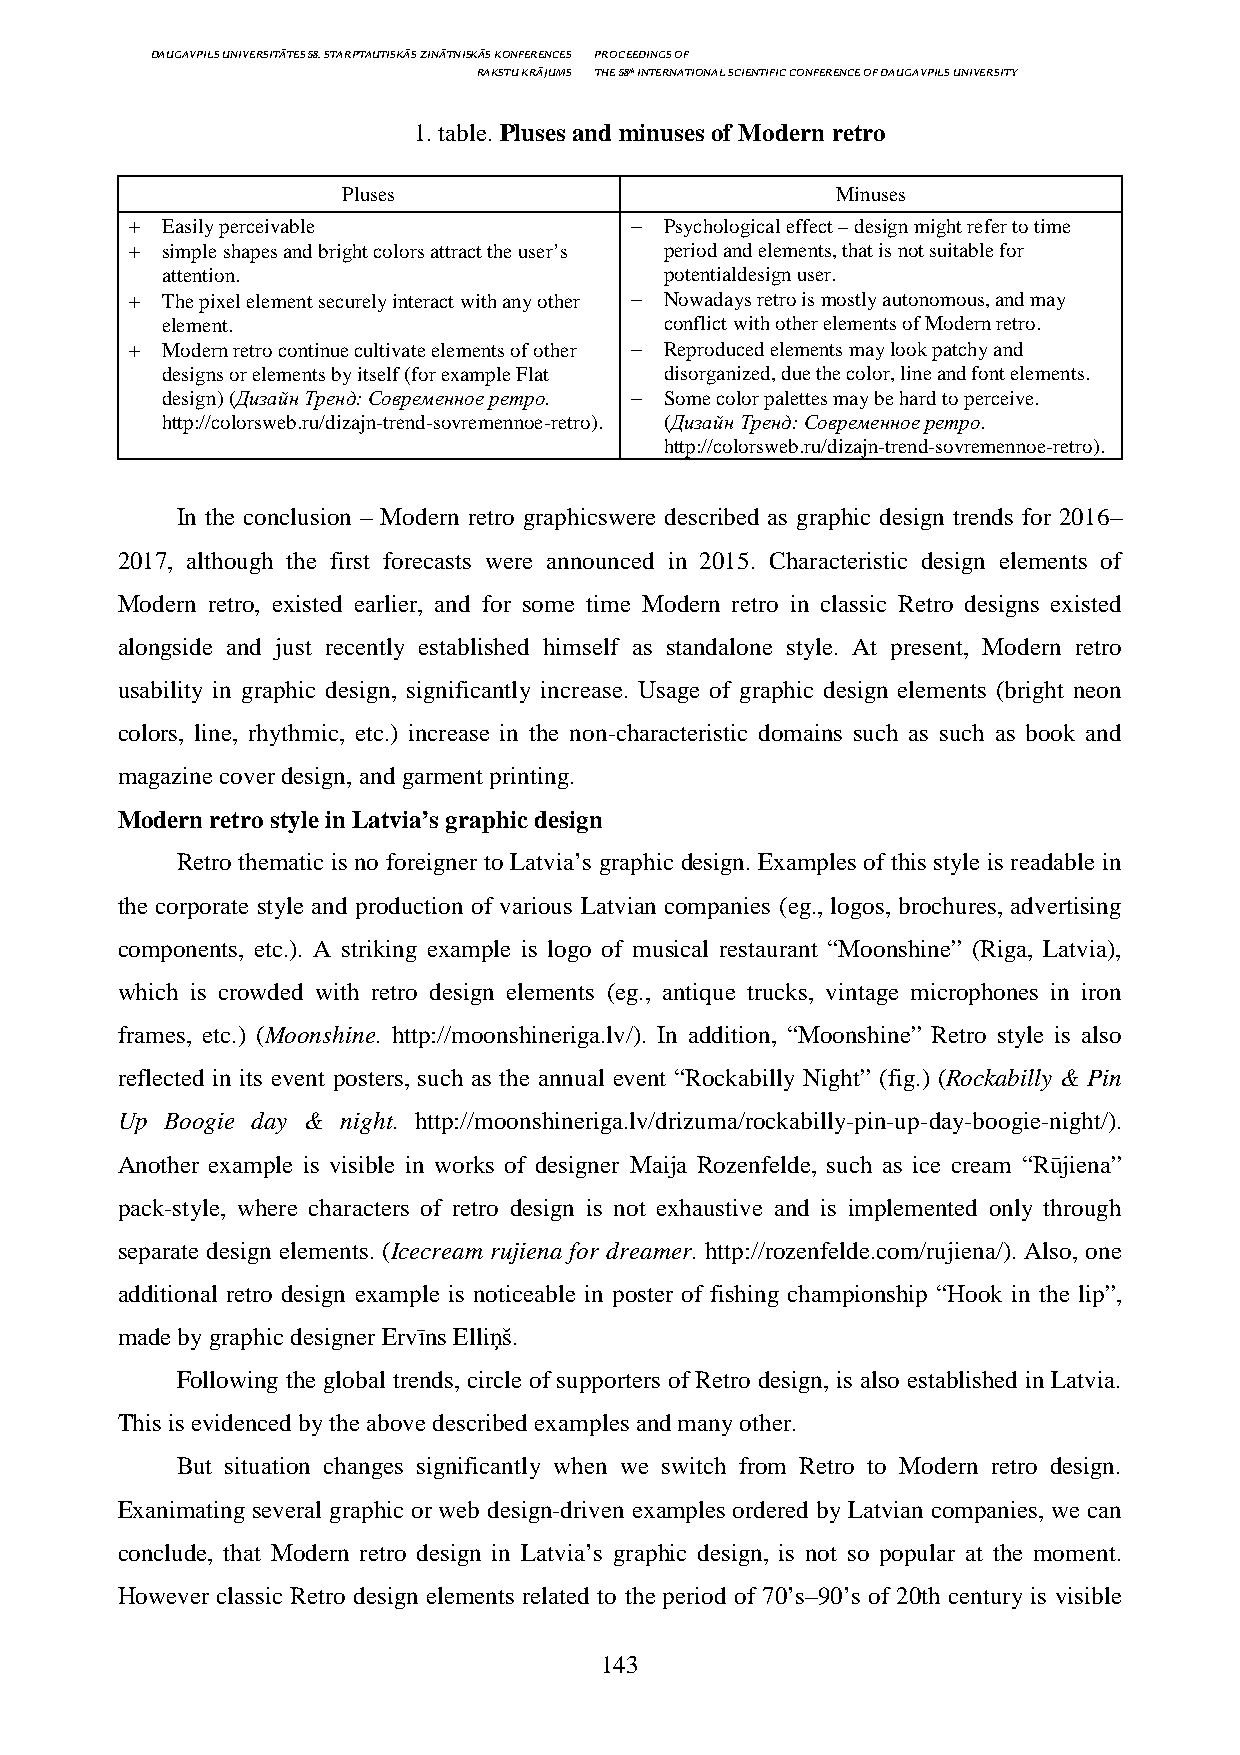
DAUGAVPILS UNIVERSITĀTES 58. STARPTAUTISKĀS ZINĀTNISKĀS KONFERENCES PROCEEDINGS OF
 RAKSTU KRĀJUMS THE 58th INTERNATIONAL SCIENTIFIC CONFERENCE OF DAUGAVPILS UNIVERSITY
 1. table. Pluses and minuses of Modern retro
 Pluses                          Minuses
 + Easily perceivable             − Psychological effect – design might refer to time
 + simple shapes and bright colors attract the user’s period and elements, that is not suitable for
 attention.                       potentialdesign user.
 + The pixel element securely interact with any other − Nowadays retro is mostly autonomous, and may
 element.                         conflict with other elements of Modern retro.
 + Modern retro continue cultivate elements of other − Reproduced elements may look patchy and
 designs or elements by itself (for example Flat disorganized, due the color, line and font elements.
 design) (Дизайн Тренд: Современное ретро. − Some color palettes may be hard to perceive.
 http://colorsweb.ru/dizajn-trend-sovremennoe-retro). (Дизайн Тренд: Современное ретро.
 http://colorsweb.ru/dizajn-trend-sovremennoe-retro).
 In the conclusion – Modern retro graphicswere described as graphic design trends for 2016–
 2017, although the first forecasts were announced in 2015. Characteristic design elements of
 Modern retro, existed earlier, and for some time Modern retro in classic Retro designs existed
 alongside and just recently established himself as standalone style. At present, Modern retro
 usability in graphic design, significantly increase. Usage of graphic design elements (bright neon
 colors, line, rhythmic, etc.) increase in the non-characteristic domains such as such as book and
 magazine cover design, and garment printing.
 Modern retro style in Latvia’s graphic design
 Retro thematic is no foreigner to Latvia’s graphic design. Examples of this style is readable in
 the corporate style and production of various Latvian companies (eg., logos, brochures, advertising
 components, etc.). A striking example is logo of musical restaurant “Moonshine” (Riga, Latvia),
 which is crowded with retro design elements (eg., antique trucks, vintage microphones in iron
 frames, etc.) (Moonshine. http://moonshineriga.lv/). In addition, “Moonshine” Retro style is also
 reflected in its event posters, such as the annual event “Rockabilly Night” (fig.) (Rockabilly & Pin
 Up Boogie day & night. http://moonshineriga.lv/drizuma/rockabilly-pin-up-day-boogie-night/).
 Another example is visible in works of designer Maija Rozenfelde, such as ice cream “Rūjiena”
 pack-style, where characters of retro design is not exhaustive and is implemented only through
 separate design elements. (Icecream rujiena for dreamer. http://rozenfelde.com/rujiena/). Also, one
 additional retro design example is noticeable in poster of fishing championship “Hook in the lip”,
 made by graphic designer Ervīns Elliņš.
 Following the global trends, circle of supporters of Retro design, is also established in Latvia.
 This is evidenced by the above described examples and many other.
 But situation changes significantly when we switch from Retro to Modern retro design.
 Exanimating several graphic or web design-driven examples ordered by Latvian companies, we can
 conclude, that Modern retro design in Latvia’s graphic design, is not so popular at the moment.
 However classic Retro design elements related to the period of 70’s–90’s of 20th century is visible
 143